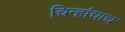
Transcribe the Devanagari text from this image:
चिन्हांचाच